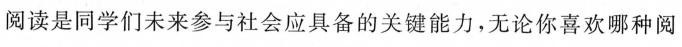
阅读是同学们未来参与社会应具备的关键能力，无论你喜欢哪种阅